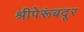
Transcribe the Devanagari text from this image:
श्रीपेरूंबदूर